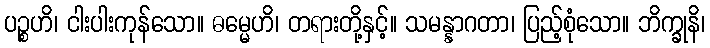
ပဉ္စဟိ၊ ငါးပါးကုန်သော။ ဓမ္မေဟိ၊ တရားတို့နှင့်။ သမန္နာဂတာ၊ ပြည့်စုံသော။ ဘိက္ခုနိ၊